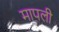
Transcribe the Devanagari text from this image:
मापली